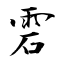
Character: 雼